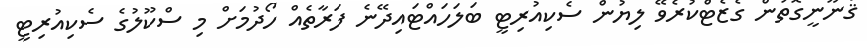
ޤާނޫނީގޮތުން ގެޒެޓްކުރެވޭ ލިޔުން ސެކިއުރިޓީ ބަލަހައްޓައިދޭނެ ފަރާތެއް ހޯދުމަށް މި ސްކޫލުގެ ސެކިއުރިޓީ